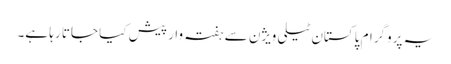
یہ پروگرام پاکستان ٹیلی ویژن سے ہفتہ وار پیش کیا جاتا رہا ہے۔